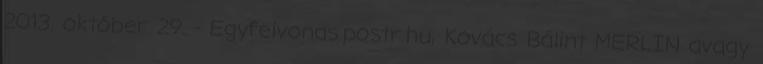
2013. október 29. - Egyfelvonas.postr.hu, Kovács Bálint MERLIN avagy